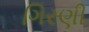
ગિરણી